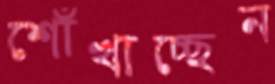
শোঁখাচ্ছেন